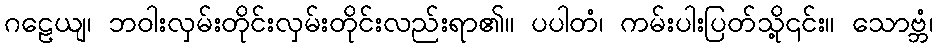
ဂဠေယျ၊ ဘဝါးလှမ်းတိုင်းလှမ်းတိုင်းလည်းရာ၏။ ပပါတံ၊ ကမ်းပါးပြတ်သို့၎င်း။ သောဗ္ဘံ၊